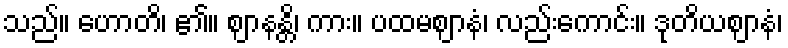
သည်။ ဟောတိ၊ ၏။ ဈာနန္တိ၊ ကား။ ပထမဈာနံ၊ လည်းကောင်း။ ဒုတိယဈာနံ၊